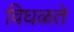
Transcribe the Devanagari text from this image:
विघळते